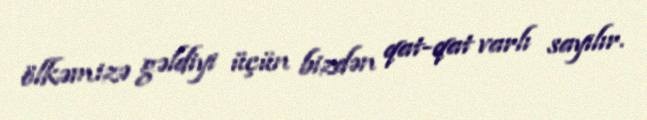
ölkəmizə gəldiyi üçün bizdən qat-qat varlı sayılır.